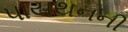
પાયથનની